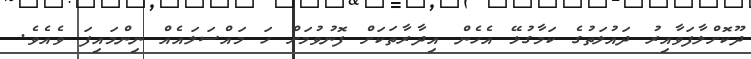
ދޫކޮށްލާފަވާއިރު ދައުލަތުގެ ކަމާގުޅޭ އެހެން އިދާރާތަކަށް ފޮނުވުމަށް ހަ މައްސަލައެއް ނިންމައިފަ ވެއެވެ.